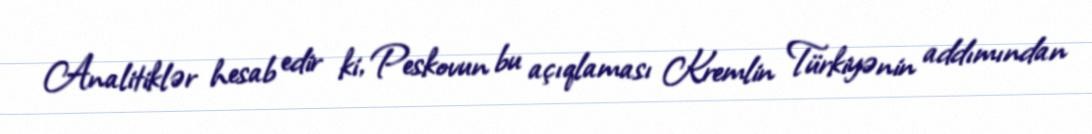
Analitiklər hesab edir ki, Peskovun bu açıqlaması Kremlin Türkiyənin addımından